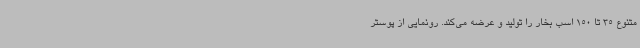
متنوع 35 تا 150 اسب بخار را تولید و عرضه می‌کند. رونمایی از پوستر